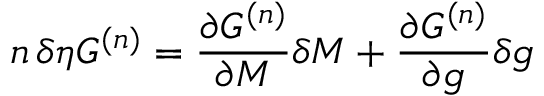
n \, \delta \eta G ^ { ( n ) } = { \frac { \partial G ^ { ( n ) } } { \partial M } } \delta M + { \frac { \partial G ^ { ( n ) } } { \partial g } } \delta g